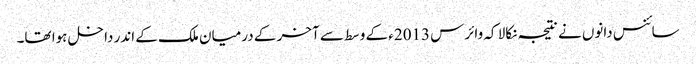
سائنس دانوں نے نتیجہ نکالا کہ وائرس 2013ء کے وسط سے آخر کے درمیان ملک کے اندر داخل ہوا تھا۔